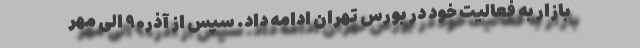
بازار به فعالیت خود در بورس تهران ادامه داد. سپس از آذر۹۰ الی مهر